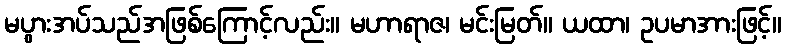
မပွားအပ်သည်အဖြစ်ကြောင့်လည်း။ မဟာရာဇ၊ မင်းမြတ်။ ယထာ၊ ဥပမာအားဖြင့်။